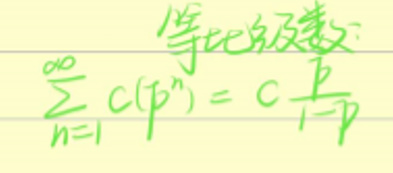
等比级数：

\(\sum_{n = 1}^{\infty}c(p^{n})=c\frac{p}{1 - p}\)